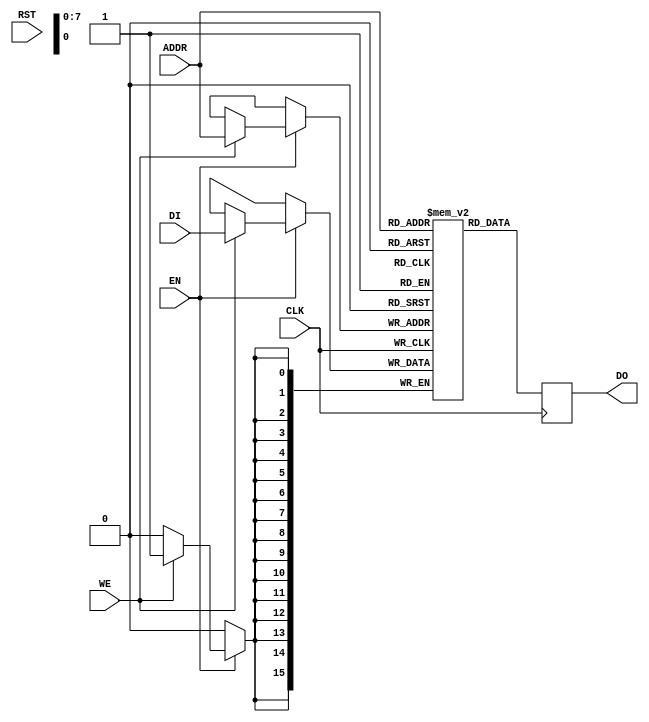
// RAMB4K_S16.v
// 256 x 16 block RAM for Altera
// Adapted from MIPS RAMB4_S1 Xilinx RAM

//
//	RAMB4_S1: Generic xilinx RAM model
//
//	$Id: \$
//	mips_repository_id: RAMB4_S1.v, v 3.3 
//


//      	mips_start_of_legal_notice
//      	**********************************************************************
//		
//	Copyright (c) 2019 MIPS Tech, LLC, 300 Orchard City Dr., Suite 170, 
//	Campbell, CA 95008 USA.  All rights reserved.
//	This document contains information and code that is proprietary to 
//	MIPS Tech, LLC and MIPS' affiliates, as applicable, ("MIPS").  If this 
//	document is obtained pursuant to a MIPS Open license, the sole 
//	licensor under such license is MIPS Tech, LLC. This document and any 
//	information or code therein are protected by patent, copyright, 
//	trademarks and unfair competition laws, among others, and are 
//	distributed under a license restricting their use. MIPS has 
//	intellectual property rights, including patents or pending patent 
//	applications in the U.S. and in other countries, relating to the 
//	technology embodied in the product that is described in this document. 
//	Any distribution release of this document may include or be 
//	accompanied by materials developed by third parties. Any copying, 
//	reproducing, modifying or use of this information (in whole or in part) 
//	that is not expressly permitted in writing by MIPS or an authorized 
//	third party is strictly prohibited.  Any document provided in source 
//	format (i.e., in a modifiable form such as in FrameMaker or 
//	Microsoft Word format) may be subject to separate use and distribution 
//	restrictions applicable to such document. UNDER NO CIRCUMSTANCES MAY A 
//	DOCUMENT PROVIDED IN SOURCE FORMAT BE DISTRIBUTED TO A THIRD PARTY IN 
//	SOURCE FORMAT WITHOUT THE EXPRESS WRITTEN PERMISSION OF, OR LICENSED 
//	FROM, MIPS.  MIPS reserves the right to change the information or code 
//	contained in this document to improve function, design or otherwise.  
//	MIPS does not assume any liability arising out of the application or 
//	use of this information, or of any error or omission in such 
//	information. DOCUMENTATION AND CODE ARE PROVIDED "AS IS" AND ANY 
//	WARRANTIES, WHETHER EXPRESS, STATUTORY, IMPLIED OR OTHERWISE, 
//	INCLUDING BUT NOT LIMITED TO THE IMPLIED WARRANTIES OF MERCHANTABILITY, 
//	FITNESS FOR A PARTICULAR PURPOSE OR NON-INFRINGEMENT, ARE EXCLUDED, 
//	EXCEPT TO THE EXTENT THAT SUCH DISCLAIMERS ARE HELD TO BE LEGALLY 
//	INVALID IN A COMPETENT JURISDICTION. Except as expressly provided in 
//	any written license agreement from MIPS or an authorized third party, 
//	the furnishing or distribution of this document does not give recipient 
//	any license to any intellectual property rights, including any patent 
//	rights, that cover the information in this document.  
//	Products covered by, and information or code, contained this document 
//	are controlled by U.S. export control laws and may be subject to the 
//	expert or import laws in other countries. The information contained 
//	in this document shall not be exported, reexported, transferred, or 
//	released, directly or indirectly, in violation of the law of any 
//	country or international law, regulation, treaty, executive order, 
//	statute, amendments or supplements thereto. Nuclear, missile, chemical 
//	weapons, biological weapons or nuclear maritime end uses, whether 
//	direct or indirect, are strictly prohibited.  Should a conflict arise 
//	regarding the export, reexport, transfer, or release of the information 
//	contained in this document, the laws of the United States of America 
//	shall be the governing law.  
//	U.S Government Rights - Commercial software.  Government users are 
//	subject to the MIPS Tech, LLC standard license agreement and applicable 
//	provisions of the FAR and its supplements.
//	MIPS and MIPS Open are trademarks or registered trademarks of MIPS in 
//	the United States and other countries.  All other trademarks referred 
//	to herein are the property of their respective owners.  
//      
//      
//	**********************************************************************
//	mips_end_of_legal_notice
//      
////////////////////////////////////////////////////////////////////////////////

`timescale 100ps/1ps
module RAMB4K_S16(WE, EN, RST, CLK, ADDR, DI, DO);
    input		WE;
    input		EN;
    input		RST;
    input		CLK;
    input	 [7:0]	ADDR;
    input	  [15:0]	DI;
    output	  [15:0]	DO;

    reg		  [15:0]	mem[0:255];
    reg		  [15:0]	DO;

    always @(posedge CLK) begin
      DO <= #1 mem[ADDR];
      if (EN)
        begin
	       if (WE)
	        mem[ADDR] <=#1  DI;
        end
    end
endmodule